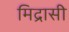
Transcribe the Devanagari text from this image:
मिद्रासी